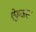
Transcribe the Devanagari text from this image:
ऐकुअस